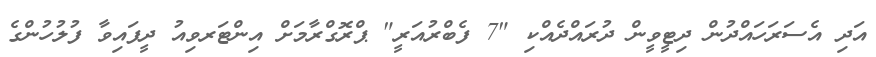
އަދި އެސަރަހައްދުން ދިޓީވީން ދުރައްދެއްކި "7 ފެބްރުއަރީ" ޕްރޮގްރާމަށް އިންޓަރވިއު ދީފައިވާ ފުލުހުންގެ